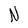
Character: N